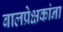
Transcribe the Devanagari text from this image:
बालप्रेक्षकांना